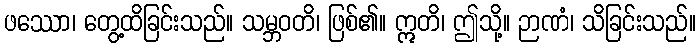
ဖဿော၊ တွေ့ထိခြင်းသည်။ သမ္ဘဝတိ၊ ဖြစ်၏။ ဣတိ၊ ဤသို့။ ဉာဏံ၊ သိခြင်းသည်။